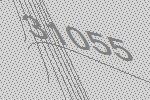
31055